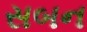
સબન